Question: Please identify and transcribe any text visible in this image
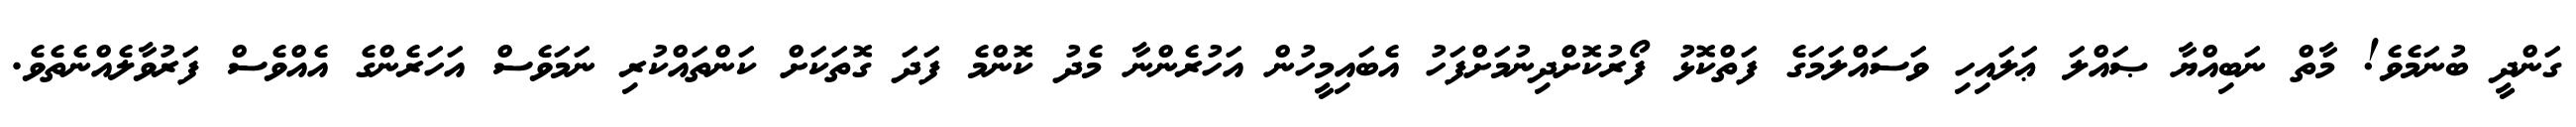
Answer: ގަންދީ ބުނަމެވެ! މާތް ނަބިއްޔާ ޞައްލަ ޢަލައިހި ވަސައްލަމަގެ ފަތްކޮޅު ފޯރުކޮށްދިނުމަށްފަހު އެބައިމީހުން އަހުރެންނާ މެދު ކޮންމެ ފަދަ ގޮތަކަށް ކަންތައްކުރި ނަމަވެސް އަހަރެންގެ އެއްވެސް ފަރުވާލެއްނެތެވެ.